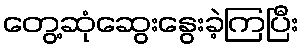
တွေ့ဆုံဆွေးနွေးခဲ့ကြပြီး